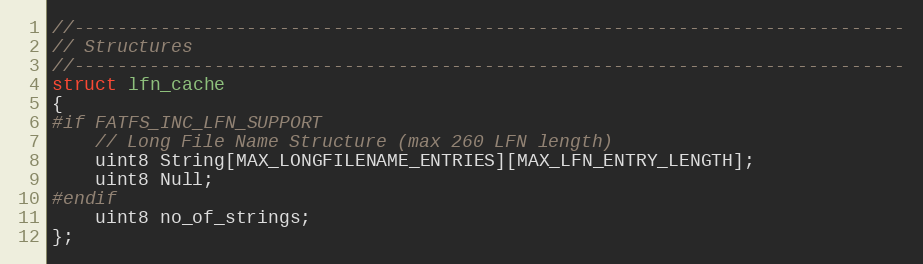
Language: C
//-----------------------------------------------------------------------------
// Structures
//-----------------------------------------------------------------------------
struct lfn_cache
{
#if FATFS_INC_LFN_SUPPORT
    // Long File Name Structure (max 260 LFN length)
    uint8 String[MAX_LONGFILENAME_ENTRIES][MAX_LFN_ENTRY_LENGTH];
    uint8 Null;
#endif
    uint8 no_of_strings;
};